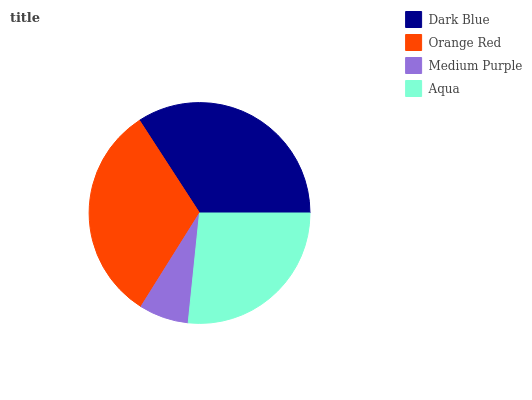
| Dark Blue | Orange Red | Medium Purple | Aqua |
 | --- | --- | --- | --- |
 | 34.2% | 32% | 7.27% | 26.6% |